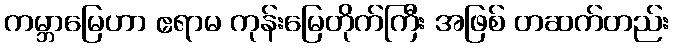
ကမ္ဘာမြေဟာ ဧရာမ ကုန်းမြေတိုက်ကြီး အဖြစ် တဆက်တည်း